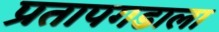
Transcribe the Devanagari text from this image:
प्रतापगडाला